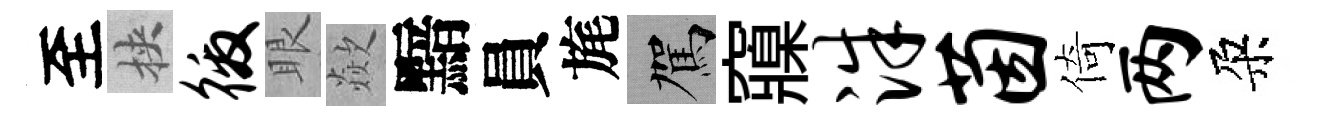
至挾徼眼歘黯員旄駕䆿洙茵倚两朶